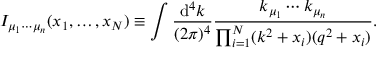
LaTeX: I _ { \mu _ { 1 } \cdots \mu _ { n } } ( x _ { 1 } , \ldots , x _ { N } ) \equiv \int \frac { \mathrm { d } ^ { 4 } k } { ( 2 \pi ) ^ { 4 } } \frac { k _ { \mu _ { 1 } } \cdots k _ { \mu _ { n } } } { \prod _ { i = 1 } ^ { N } ( k ^ { 2 } + x _ { i } ) ( q ^ { 2 } + x _ { i } ) } .